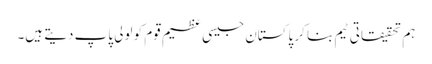
ہم تحقیقاتی ٹیم بنا کر پاکستان جیسی عظیم قوم کو لولی پاپ دیتے ہیں۔